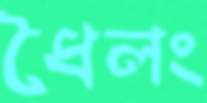
ধৈলং